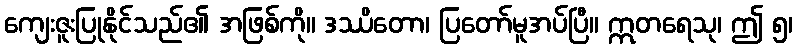
ကျေးဇူးပြုနိုင်သည်၏ အဖြစ်ကို။ ဒဿိတော၊ ပြတော်မူအပ်ပြီ။ ဣတရေသု၊ ဤ ၅၊